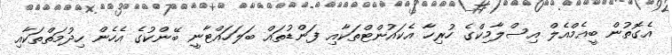
އެގޮތުން ބީއެމްއެލް އިސްލާމިކްގެ ހުރިހާ އެކައުންޓްތަކާއި ފަންޑުތައް ބަލަހައްޓާނީ ބޭންކުގެ އެހެން ހިދުމަތްތަކާއި